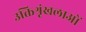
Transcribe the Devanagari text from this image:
उक्तिश्रृंखलाओं